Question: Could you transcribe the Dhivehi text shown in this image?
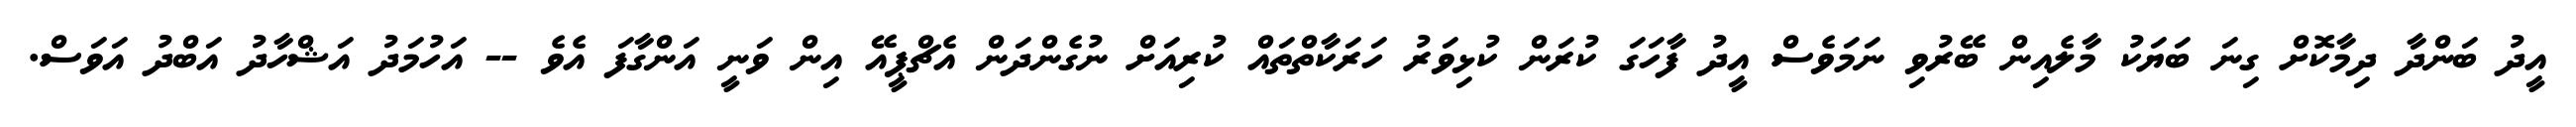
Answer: އީދު ބަންދާ ދިމާކޮށް ގިނަ ބަޔަކު މާލެއިން ބޭރުވި ނަމަވެސް އީދު ފާހަގަ ކުރަން ކުޅިވަރު ހަރަކާތްތައް ކުރިއަށް ނުގެންދަން އެޗްޕީއޭ އިން ވަނީ އަންގާފަ އެވެ -- އަހުމަދު އަޝްހާދު އަބްދު އަވަސް.